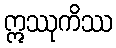
ဣဿုကိဿ